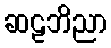
ဆဠဘိညာ